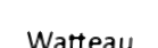
Watteau